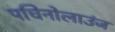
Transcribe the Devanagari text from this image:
पचिनोलाउंज